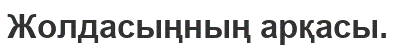
Жолдасыңның арқасы.